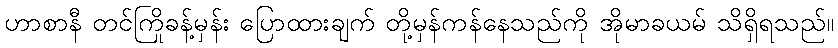
ဟာစာနီ တင်ကြိုခန့်မှန်း ပြောထားချက် တို့မှန်ကန်နေသည်ကို အိုမာခယမ် သိရှိရသည်။